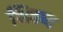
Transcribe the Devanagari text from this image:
भिवष्य